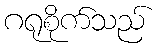
ဂရုစိုက်သည်